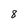
Character: 8